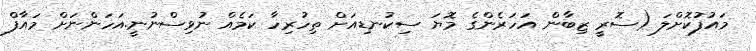
މައުފުކޮށްލަ (ސޮރީ ޒިބާން އަަހަރެންގެ މޮޔަ ސިކުނޑިއަށް ތިހުރިހާ ކަމެއް ނުވިސްނުނީ.އަހަންނަށް މައާފް